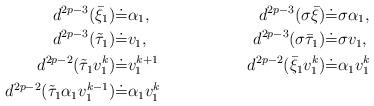
LaTeX: \begin{align*}d^{2p-3}(\bar{\xi}_1)\dot{=}&\alpha_1,& d^{2p-3}(\sigma \bar{\xi} )\dot{=}&\sigma \alpha_1, \\d^{2p-3}(\tilde{\tau}_1)\dot{=}&v_1, & d^{2p-3}(\sigma \bar{\tau}_1 )\dot{=}& \sigma v_1, \\d^{2p-2}(\tilde{\tau}_1v_1^k)\dot{=}& v_1^{k+1} &d^{2p-2}(\bar{\xi}_1v_1^k)\dot{=}&\alpha_1v_1^{k} \\d^{2p-2}(\tilde{\tau}_1\alpha_1v_1^{k-1})\dot{=}& \alpha_1v_1^{k} && \end{align*}